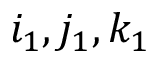
i _ { 1 } , j _ { 1 } , k _ { 1 }